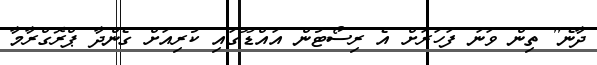
ދާނެ" ތިން ވަނަ ފަހަރަށް އެ ރިސޯޓުން އައްޑޫގައި ކުރިއަށް ގެންދާ ޕްރޮގްރާމާ